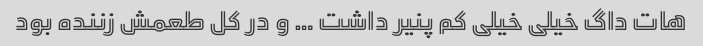
هات داگ خیلی خیلی کم پنیر داشت … و در کل طعمش زننده بود